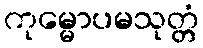
ကုမ္မောပမသုတ္တံ